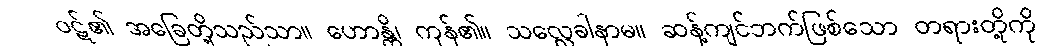
ဝဋ်၏ အခြေတို့သည်သာ။ ဟောန္တိ၊ ကုန်၏။ သလ္လေခါနာမ။ ဆန့်ကျင်ဘက်ဖြစ်သော တရားတို့ကို